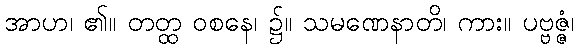
အာဟ၊ ၏။ တတ္ထ ဝစနေ၊ ၌။ သမဏေနာတိ၊ ကား။ ပဗ္ဗဇ္ဇံ၊